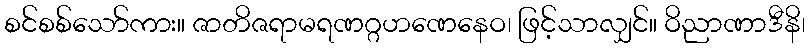
စင်စစ်သော်ကား။ ဇာတိဇရာမရဏဂ္ဂဟဏေနေဝ၊ ဖြင့်သာလျှင်။ ဝိညာဏာဒီနိ၊